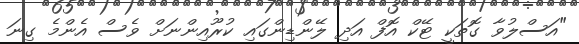
"އަސްލުވާ ގޮތަކީ ޓޭކް އޮފް އަދި ލޭންޑިންގައި ކުރޫއިންނަށް ވެސް އެންމެ ގިނަ